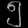
Digit: ၅